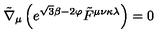
\tilde { \nabla } _ { \mu } \left( e ^ { \sqrt { 3 } \beta - 2 \varphi } \tilde { F } ^ { \mu \nu \kappa \lambda } \right) = 0